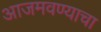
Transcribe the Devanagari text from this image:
आजमवण्याचा